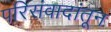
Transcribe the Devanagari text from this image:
परिसंवादांतून